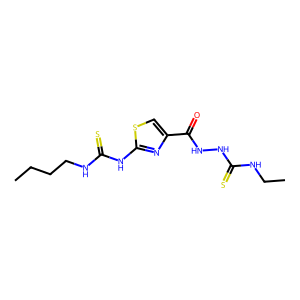
SMILES: CCCCNC(=S)Nc1nc(C(=O)NNC(=S)NCC)cs1
Inhibits HIV replication: No